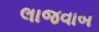
લાજવાબ